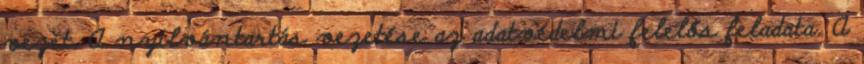
vezet. A nyilvántartás vezetése az adatvédelmi felelős feladata. A